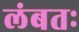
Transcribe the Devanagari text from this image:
लंबतः